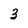
Character: 3